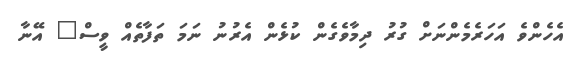
އެހެންވެ އަހަރެމެންނަށް ގުރު ދިމާވެގެން ކުޅެން އެރުނު ނަމަ ތަފާތެއް ވީސް" އޭނާ